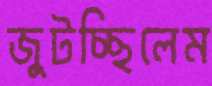
জুটচ্ছিলেম